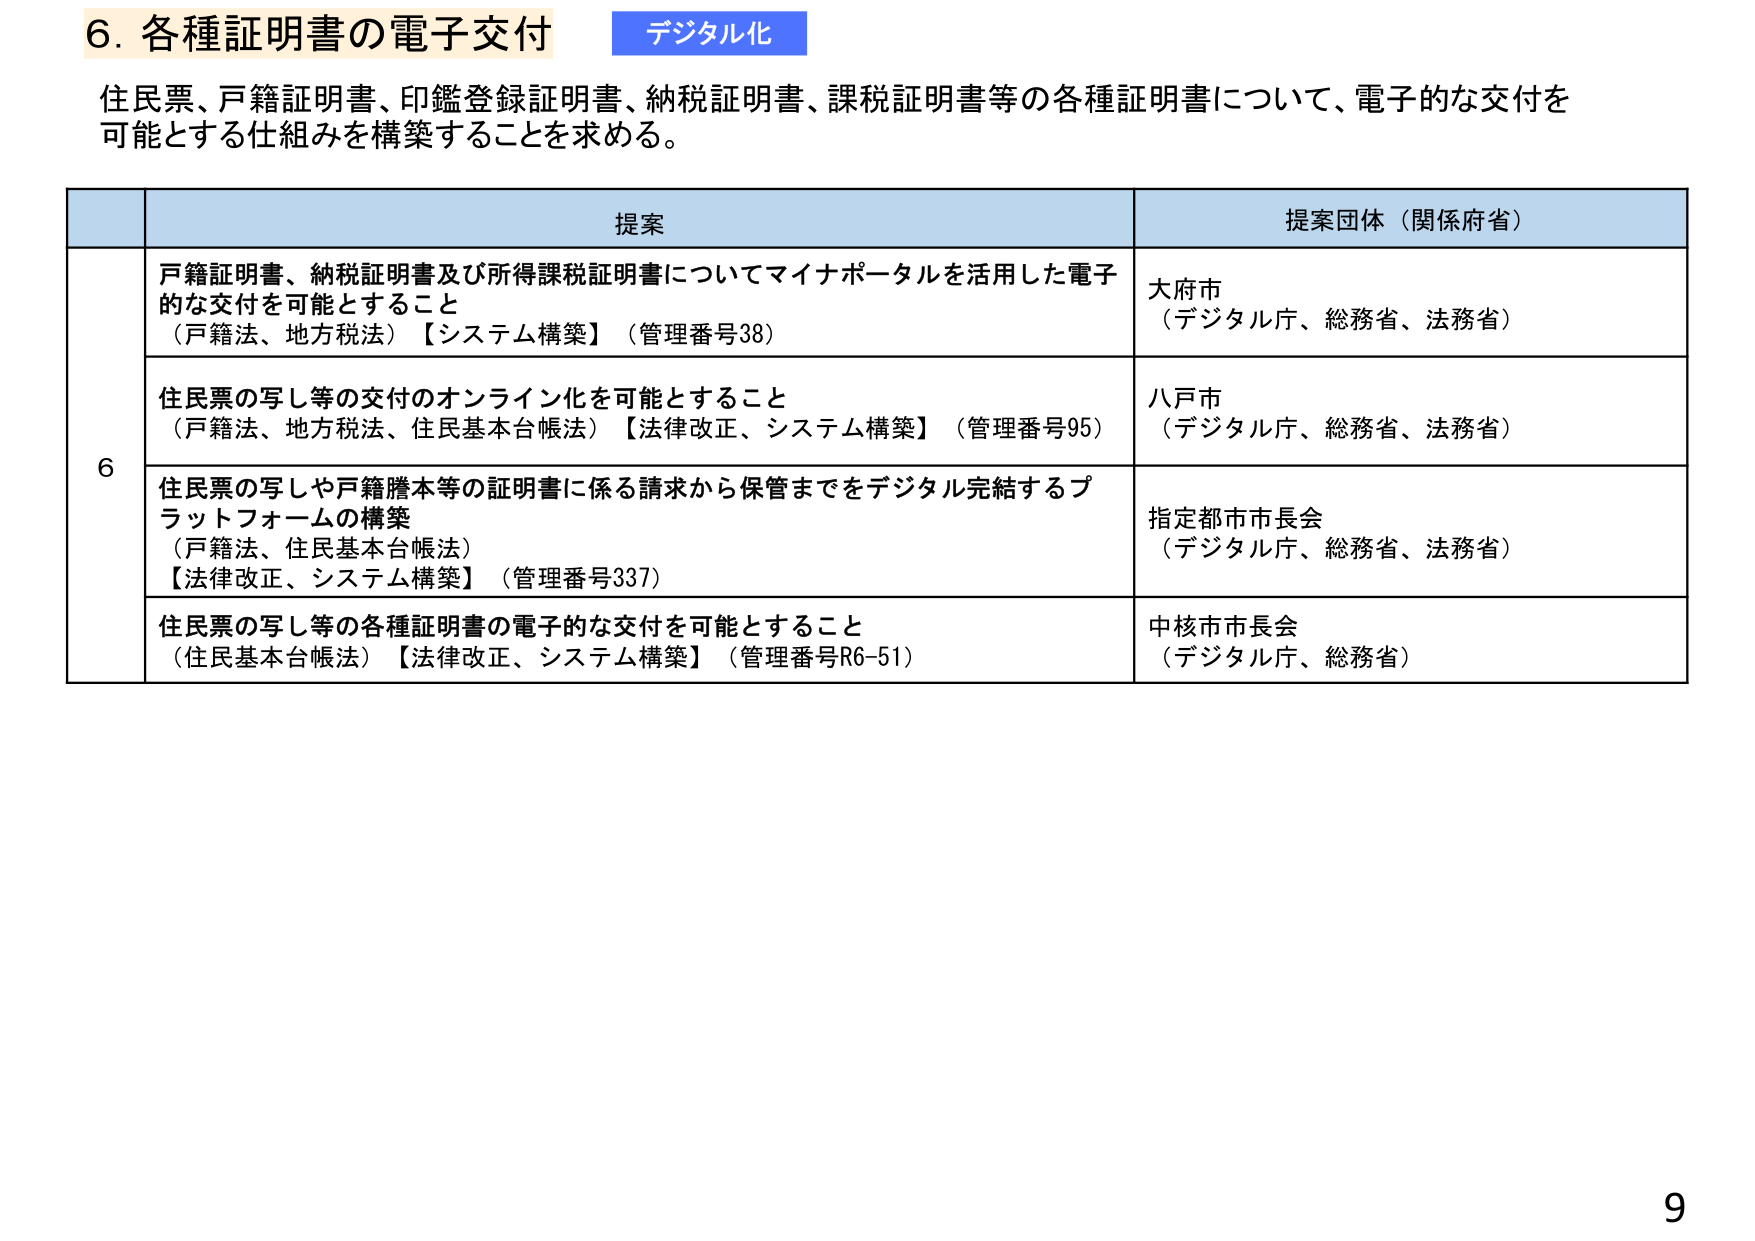
6. 各種証明書の電子交付 デジタル化
住民票、戸籍証明書、印鑑登録証明書、納税証明書、課税証明書等の各種証明書について、電子的な交付を可能とする仕組みを構築することを求める。

提案 提案団体（関係府省）
6 戸籍証明書、納税証明書及び所得課税証明書についてマイナポータルを活用した電子的な交付を可能とすること
（戸籍法、地方税法）【システム構築】（管理番号38）
大府市
（デジタル庁、総務省、法務省）

住民票の写し等の交付のオンライン化を可能とすること
（戸籍法、地方税法、住民基本台帳法）【法律改正、システム構築】（管理番号95）
八戸市
（デジタル庁、総務省、法務省）

住民票の写しや戸籍謄本等の証明書に係る請求から保管までをデジタル完結するプラットフォームの構築
（戸籍法、住民基本台帳法）
【法律改正、システム構築】（管理番号337）
指定都市市長会
（デジタル庁、総務省、法務省）

住民票の写し等の各種証明書の電子的な交付を可能とすること
（住民基本台帳法）【法律改正、システム構築】（管理番号R6-51）
中核市市長会
（デジタル庁、総務省）

9